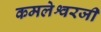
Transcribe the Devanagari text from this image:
कमलेश्वरजी